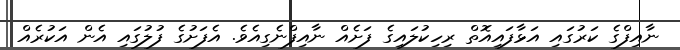
ނާއިފްގެ ކަރުގައި އަޅާފައިއޮތް ރިހިކުލައިގެ ފަށެއް ނާއިފްނެގިއެވެ. އެފަށުގެ ފުލުގައި އެން އަކުރެއް